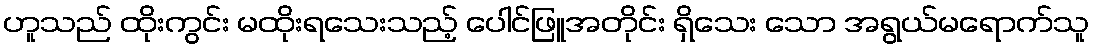
ဟူသည် ထိုးကွင်း မထိုးရသေးသည့် ပေါင်ဖြူအတိုင်း ရှိသေး သော အရွယ်မရောက်သူ